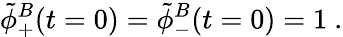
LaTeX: \tilde{\phi}_{+}^{B}(t=0)=\tilde{\phi}_{-}^{B}(t=0)=1\ .